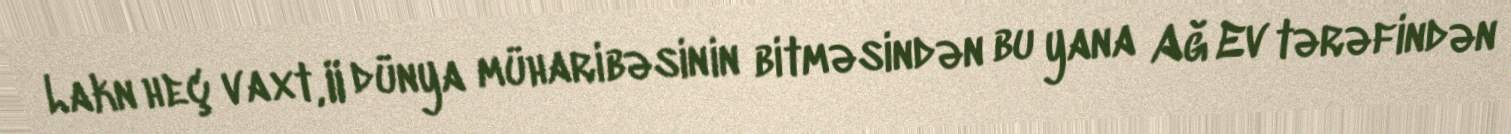
Lakn heç vaxt, II dünya müharibəsinin bitməsindən bu yana Ağ Ev tərəfindən